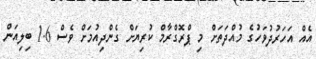
އެއް އަހަރުދުވަހުގެ މުއްދަތަށް މި ޕްރޮގްރާމް ކުރިޔަށް ގެންދިއުމަށް ވެސް 1.6 ބިލިއަން